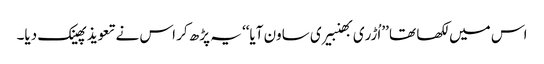
اس میں لکھا تھا ’’اُڑری بھنبیری ساون آیا‘‘ یہ پڑھ کر اس نے تعویذ پھینک دیا۔